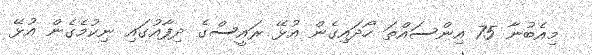
މިއެބުނާ 75 އިންސައްތަ ހޯދައިގެން އުޅޭ ރައީސްގެ ދިފާއުގައި ނިކުމެގެން އުޅޭ